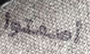
أصمتوا